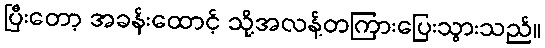
ပြီးတော့ အခန်းထောင့် သို့အလန့်တကြားပြေးသွားသည်။